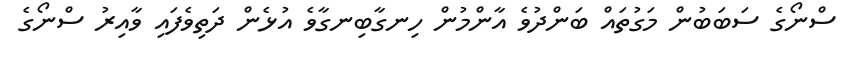
ސްނޯގެ ސަބަބުން މަގުތައް ބަންދުވެ އާންމުން ހިނގާބިނގާވެ އުޅެން ދަތިވެފައި ވާއިރު ސްނޯގެ